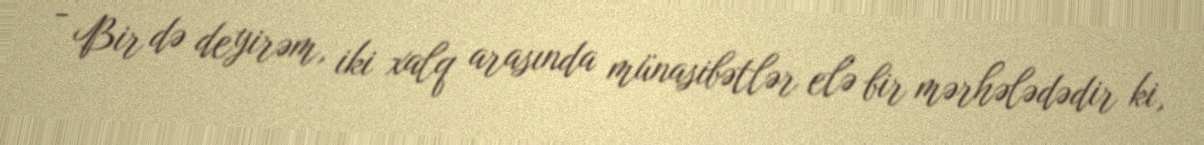
- Bir də deyirəm, iki xalq arasında münasibətlər elə bir mərhələdədir ki,